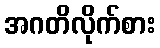
အဂတိလိုက်စား